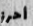
أحرز